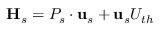
\mathbf { H } _ { s } = P _ { s } \cdot \mathbf { u } _ { s } + \mathbf { u } _ { s } U _ { t h }